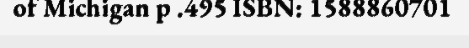
of Michigan p .495 ISBN: 1588860701